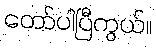
တော်ပါပြီကွယ်။